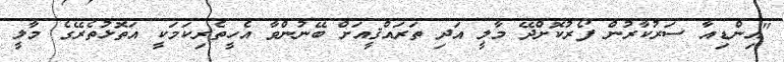
"އިންޑިއާ ސަރުކާރުން ފޯރުކޮށްދޭ މާލީ އަދި ތަރައްޤީއަށް ބޭނުންވާ އެހީތެރިކަމަކީ އަތޮޅުތެރޭގެ މާލީ